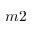
m 2